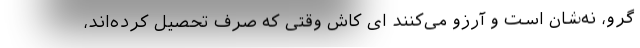
گرو، نه‌شان است و آرزو می‌کنند ای کاش وقتی که صرف تحصیل کرده‌اند،